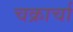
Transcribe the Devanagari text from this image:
चक्रार्चा